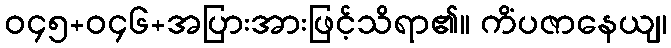
ဝ၄၅+ဝ၄၆+အပြားအားဖြင့်သိရာ၏။ ကိံပဇာနေယျ၊